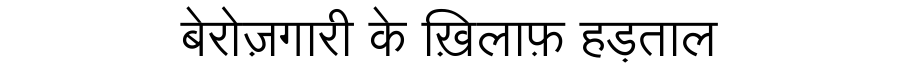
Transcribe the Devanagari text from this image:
बेरोज़गारी के ख़िलाफ़ हड़ताल